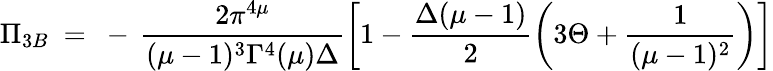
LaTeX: \Pi_{3B}~=~-\, \frac{2\pi^{4\mu}}{(\mu-1)^{3}\Gamma^{4}(\mu)\Delta}\left[1-\frac{\Delta(\mu-1)}{2}\left(3\Theta+\frac{1}{(\mu-1)^{2}}\right)\right]